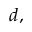
d ,